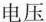
电压